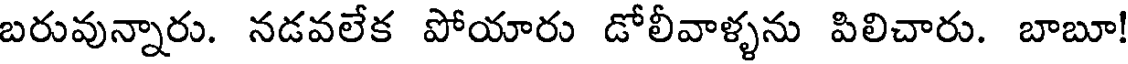
బరువున్నారు. నడవలేక పోయారు డోలీవాళ్ళను పిలిచారు. బాబూ!